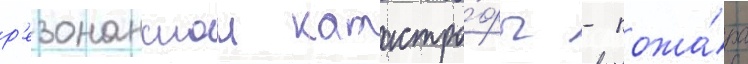
р'езонанснои катастро́фы - пожа́ра